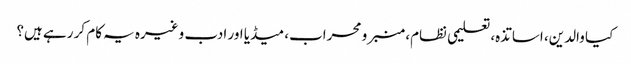
کیا والدین، اساتذہ، تعلیمی نظام، منبر و محراب، میڈیا اور ادب وغیرہ یہ کام کر رہے ہیں؟